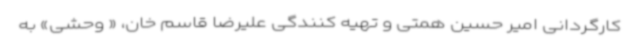
کارگردانی امیر حسین همتی و تهیه کنندگی علیرضا قاسم خان، « وحشی» به